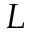
L